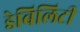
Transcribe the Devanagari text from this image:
डेबिलिटी